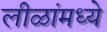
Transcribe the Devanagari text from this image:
लीळांमध्ये